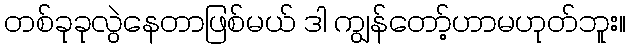
တစ်ခုခုလွဲနေတာဖြစ်မယ် ဒါ ကျွန်တော့်ဟာမဟုတ်ဘူး။